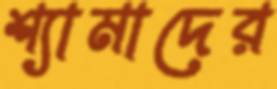
শ্যামাদের